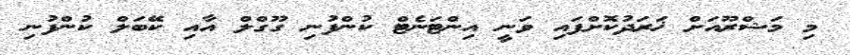
މި މަޝްރޫއަށް ޚަރަދުކޮށްފައި ވަނީ އިންޓަނެޓް ކުންފުނި ގޫގްލް އާއި ކޭބަލް ކުންފުނި